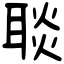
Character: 𦖠